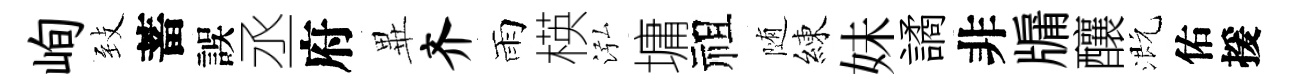
峋𦤺蓄誤丞府𭺾齐雨楧泓墉祖随練妹譎非牖釀溉佑援